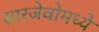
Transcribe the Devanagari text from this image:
सारजेवोमध्ये